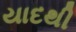
યાદથી